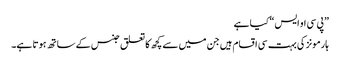
”پی سی او ایس“ کیا ہے
ہارمونز کی بہت سی اقسام ہیں جن میں سے کچھ کا تعلق جنس کے ساتھ ہوتا ہے۔